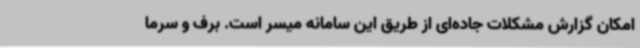
امکان گزارش مشکلات جاده‌ای از طریق این سامانه میسر است. برف و سرما